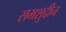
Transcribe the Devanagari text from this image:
समशुद्दीन